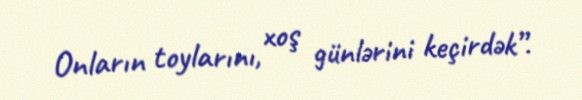
Onların toylarını, xoş günlərini keçirdək”.